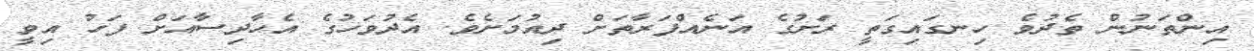
އިންތަނުން ތެދުވެ ހިނގައިގަތީ ރަށުގެ އަނެއްފަރާތަށް ދިއުމަށެވެ. އެދުވަހުގެ އެހާދިސާއަށް ފަހު އިވީ